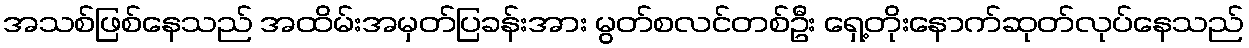
အသစ်ဖြစ်နေသည် အထိမ်းအမှတ်ပြခန်းအား မွတ်စလင်တစ်ဦး ရှေ့တိုးနောက်ဆုတ်လုပ်နေသည်